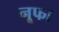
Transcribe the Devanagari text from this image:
नूफा